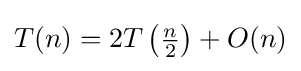
{\textstyle T(n)=2T\left({\frac {n}{2}}\right)+O(n)}